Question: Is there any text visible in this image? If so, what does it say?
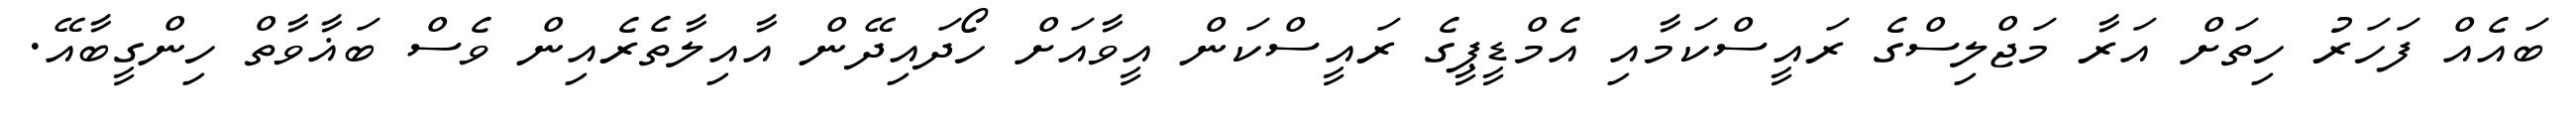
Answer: ބައެއް ފަހަރު ހިތަށް އަރާ މަޖްލިސްގެ ރައީސްކަމާއި އެމްޑީޕީގެ ރައީސްކަން އީވާއަށް ހޯދައިދޭން އާއިލާތެރެއިން ވެސް ބަޣާވާތް ހިންގީބާއޭ.